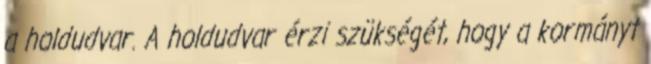
a holdudvar. A holdudvar érzi szükségét, hogy a kormányt